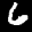
Label: 6